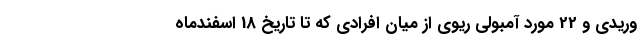
وریدی و 22 مورد آمبولی ریوی از میان افرادی که تا تاریخ 18 اسفندماه